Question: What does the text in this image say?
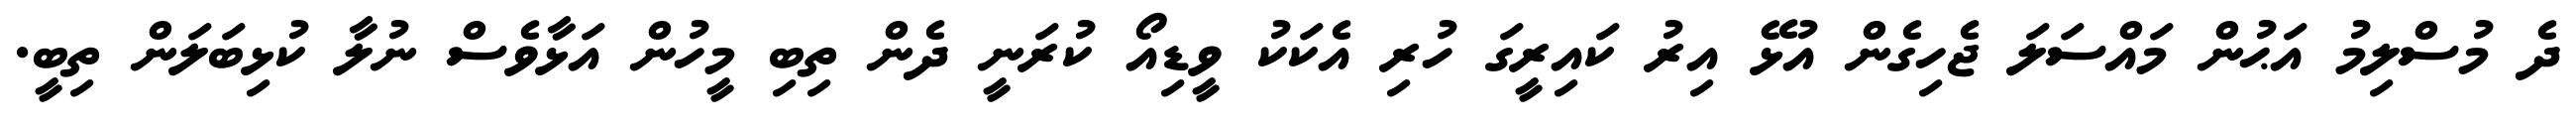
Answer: ދެ މުސްލިމު އަޙުން މައްސަލަ ޖެހިގެން އުޅޭ އިރު ކައިރީގަ ހުރި އެކަކު ވީޑިއޯ ކުރަނީ ދެން ތިބި މީހުން އަޅާވެސް ނުލާ ކުޅިބަލަން ތިބީ.